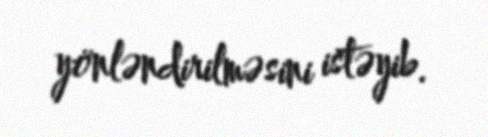
yönləndirilməsini istəyib.